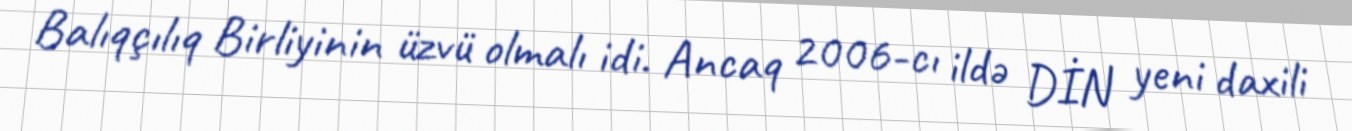
Balıqçılıq Birliyinin üzvü olmalı idi. Ancaq 2006-cı ildə DİN yeni daxili